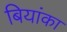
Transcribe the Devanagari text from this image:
बियांका